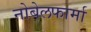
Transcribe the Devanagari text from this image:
नोबेलफार्मा